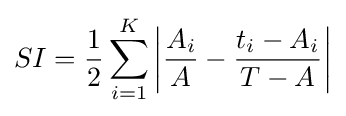
SI={\frac {1}{2}}\sum _{i=1}^{K}\left|{\frac {A_{i}}{A}}-{\frac {t_{i}-A_{i}}{T-A}}\right|